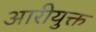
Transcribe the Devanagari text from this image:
आरीयुक्त